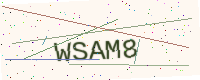
Text: WSAM8